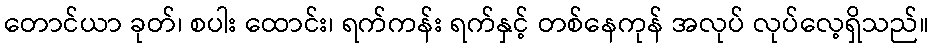
တောင်ယာ ခုတ်၊ စပါး ထောင်း၊ ရက်ကန်း ရက်နှင့် တစ်နေကုန် အလုပ် လုပ်လေ့ရှိသည်။